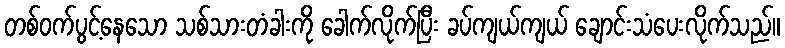
တစ်ဝက်ပွင့်နေသော သစ်သားတံခါးကို ခေါက်လိုက်ပြီး ခပ်ကျယ်ကျယ် ချောင်းသံပေးလိုက်သည်။